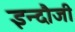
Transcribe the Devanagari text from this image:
इन्दौजी